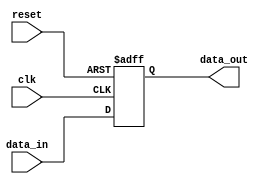
module io_buffer (
    input wire clk,
    input wire reset,
    input wire [7:0] data_in,
    output reg [7:0] data_out
);

always @(posedge clk or posedge reset) begin
    if (reset) begin
        data_out <= 8'h00;
    end else begin
        // Buffering the input data
        data_out <= data_in;
    end
end

endmodule